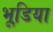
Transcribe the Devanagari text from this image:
भूडि़या